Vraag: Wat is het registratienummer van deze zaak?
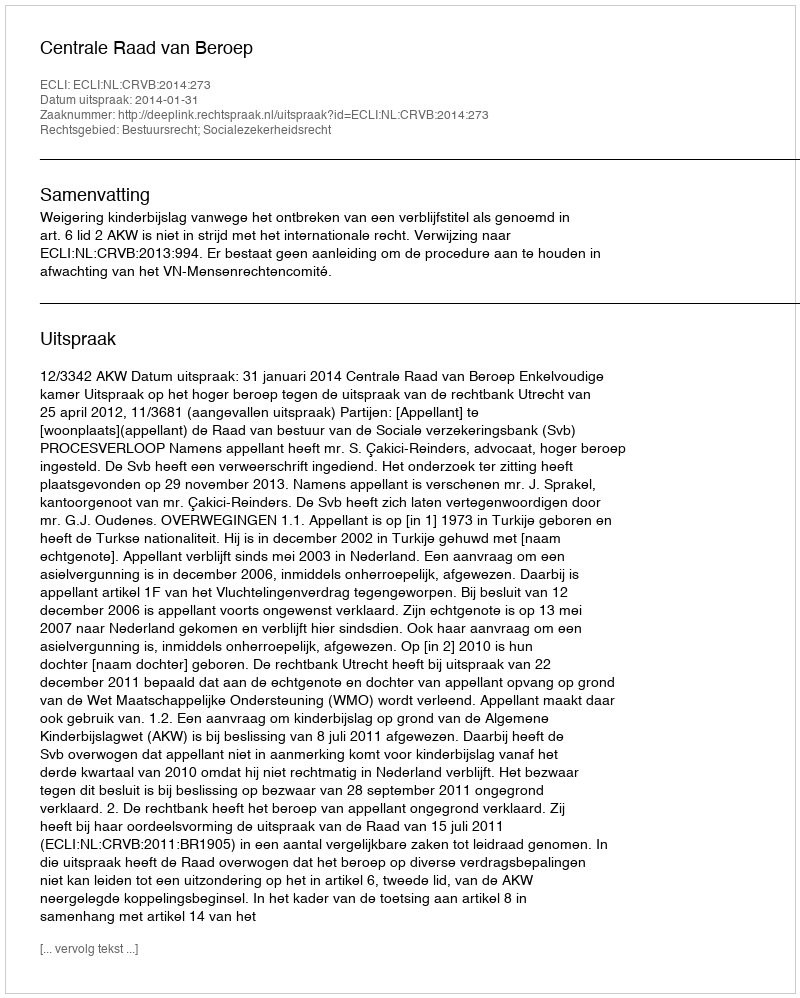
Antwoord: http://deeplink.rechtspraak.nl/uitspraak?id=ECLI:NL:CRVB:2014:273